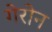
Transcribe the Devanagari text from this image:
गेरोन